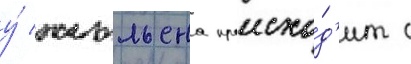
у́ жюльена происхо́д'ит с